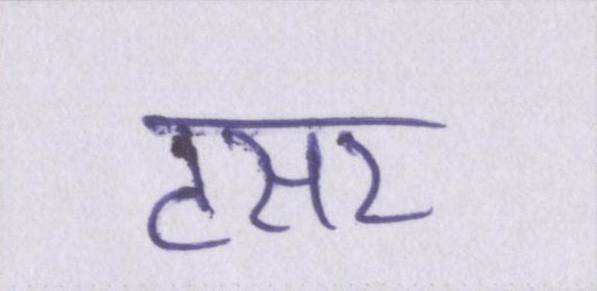
टसर